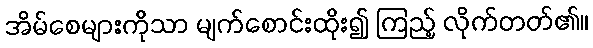
အိမ်စေများကိုသာ မျက်စောင်းထိုး၍ ကြည့် လိုက်တတ်၏။